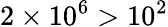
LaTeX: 2\times 10^{6}>10^{2}